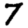
Digit: 7